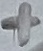
Text: +